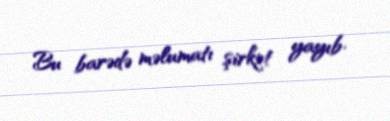
Bu barədə məlumatı şirkət yayıb.